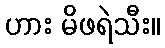
ဟား မိဖရဲသီး။